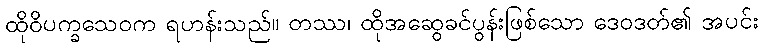
ထိုဝိပက္ခသေဝက ရဟန်းသည်။ တဿ၊ ထိုအဆွေခင်ပွန်းဖြစ်သော ဒေဝဒတ်၏ အပင်း